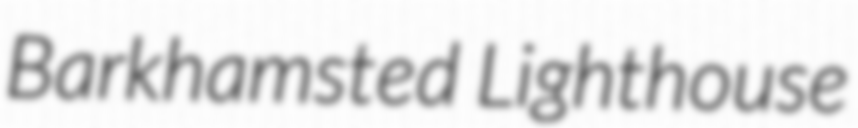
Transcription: Barkhamsted Lighthouse